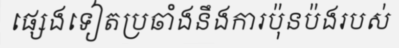
ផ្សេងទៀតប្រឆាំងនឹងការប៉ុនប៉ងរបស់